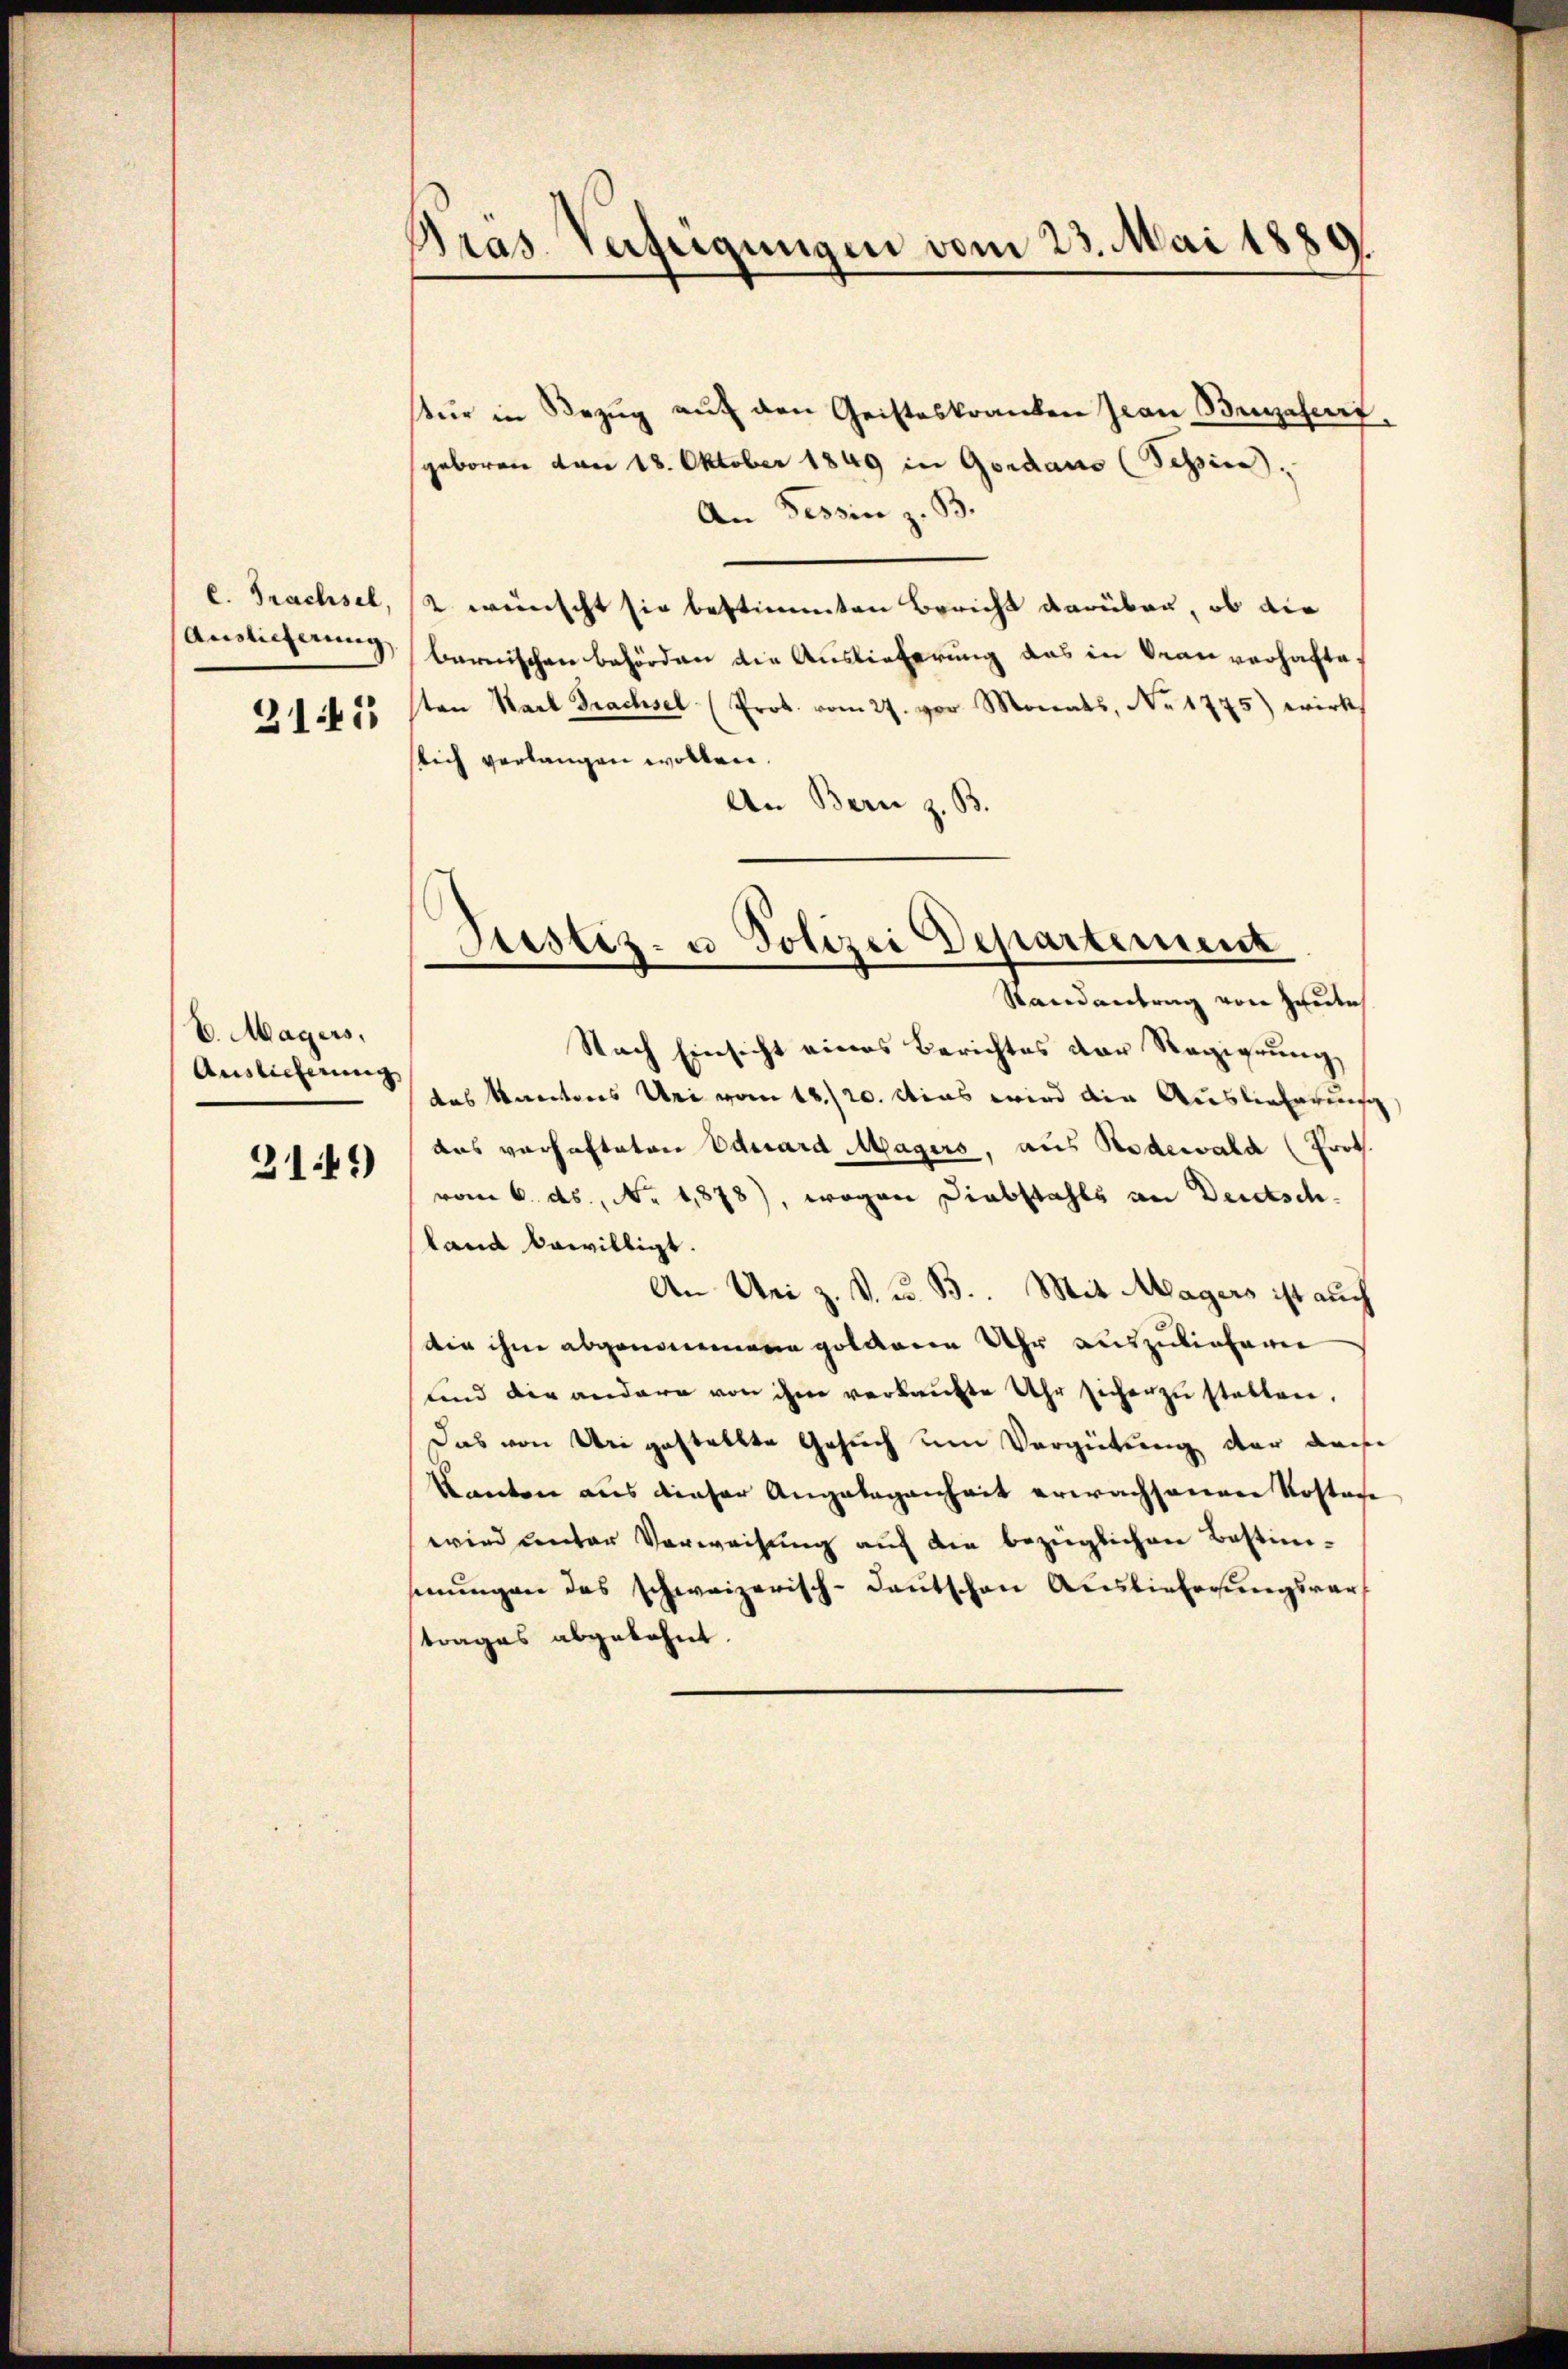
l. Trachsel,
Auslieferung

2141

V. Magers,
Auslieferung
2149)

Bras. Verfeigungen vom 23. Mai 1889

tŭr in Bezŭg aŭf den Geisteskranken Jean Briefert,
geboren von 18. Oktober 1849 in Gerdano (Tessin,
An Tessin z. B.
2 wünscht sie bestimmten Bericht darüber, ob die
bernischen Behörden die Auslieferung das in Frau verhafteten Karl Trachsel (Prot. vom 27. vor Monats, No 1775) wirk
stich verlangen wollen.
An Bern z. B.

Nach Einsicht eines Berichtes der Regierung
das Kantons Uri vom 18./20. Mias wird die Auslieferung
dus verhafteten Eduard Magers, aus Rodewald (Prot.
vom 6. ds., No. 1878), wogen Diebstahls an Deutschland bewilligt.
An Uri z. v. u. B. Mit Magers ist auch
die ihne abgenommene goldenen Uhr auszulieferen
und die andere von ihm verkaŭfte Uhr sicher zŭ stellen.
Das von Uri gestellte Gesuch um Vergütung der dasse
Kanton aus dieser Angelegenheit erwachsenen Kostafe
wird unter Verweisung auf die bezüglichen Bestim-
mungen des schweizerisch-deutschen Auslieferungsverf
trages abgelehnt.

Justiz- u Polizei Departement
Randantrag von zweite